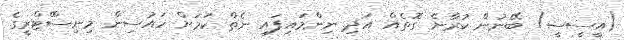
(އީސީސީ) ބޭނުން ކުރާނެ ގޮތެއް އަދި ނިންމައިފައި ނެތް ކަމަށް ހައުސިން މިނިސްްޓްރީގެ